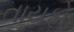
તાયફો